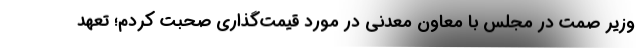
وزیر صمت در مجلس با معاون معدنی در مورد قیمت‌گذاری صحبت کردم؛ تعهد